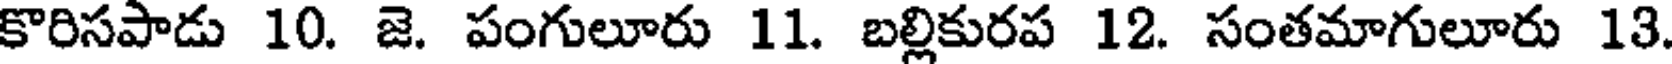
కొరిసపాడు 10. జె. పంగులూరు 11. బల్లికురప 12. సంతమాగులూరు 13.